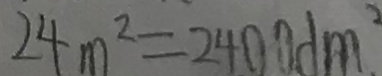
2 4 m ^ { 2 } = 2 4 0 0 d m ^ { 2 }